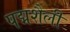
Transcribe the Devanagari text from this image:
पद्मशैली